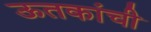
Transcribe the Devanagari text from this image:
ऊतकांची